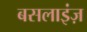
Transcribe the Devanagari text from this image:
बसलाइंज़